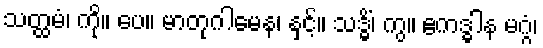
သတ္ထမံ၊ ကို။ ပေ။ မာတုဂါမေန၊ နှင့်။ သဒ္ဓိံ၊ ကွ။ ဧကဒ္ဓါန မဂ္ဂံ၊